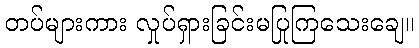
တပ်များကား လှုပ်ရှားခြင်းမပြုကြသေးချေ။